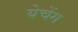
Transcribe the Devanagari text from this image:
येचेंग